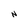
Character: N